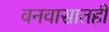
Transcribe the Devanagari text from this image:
वनवासातही